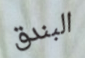
البندق